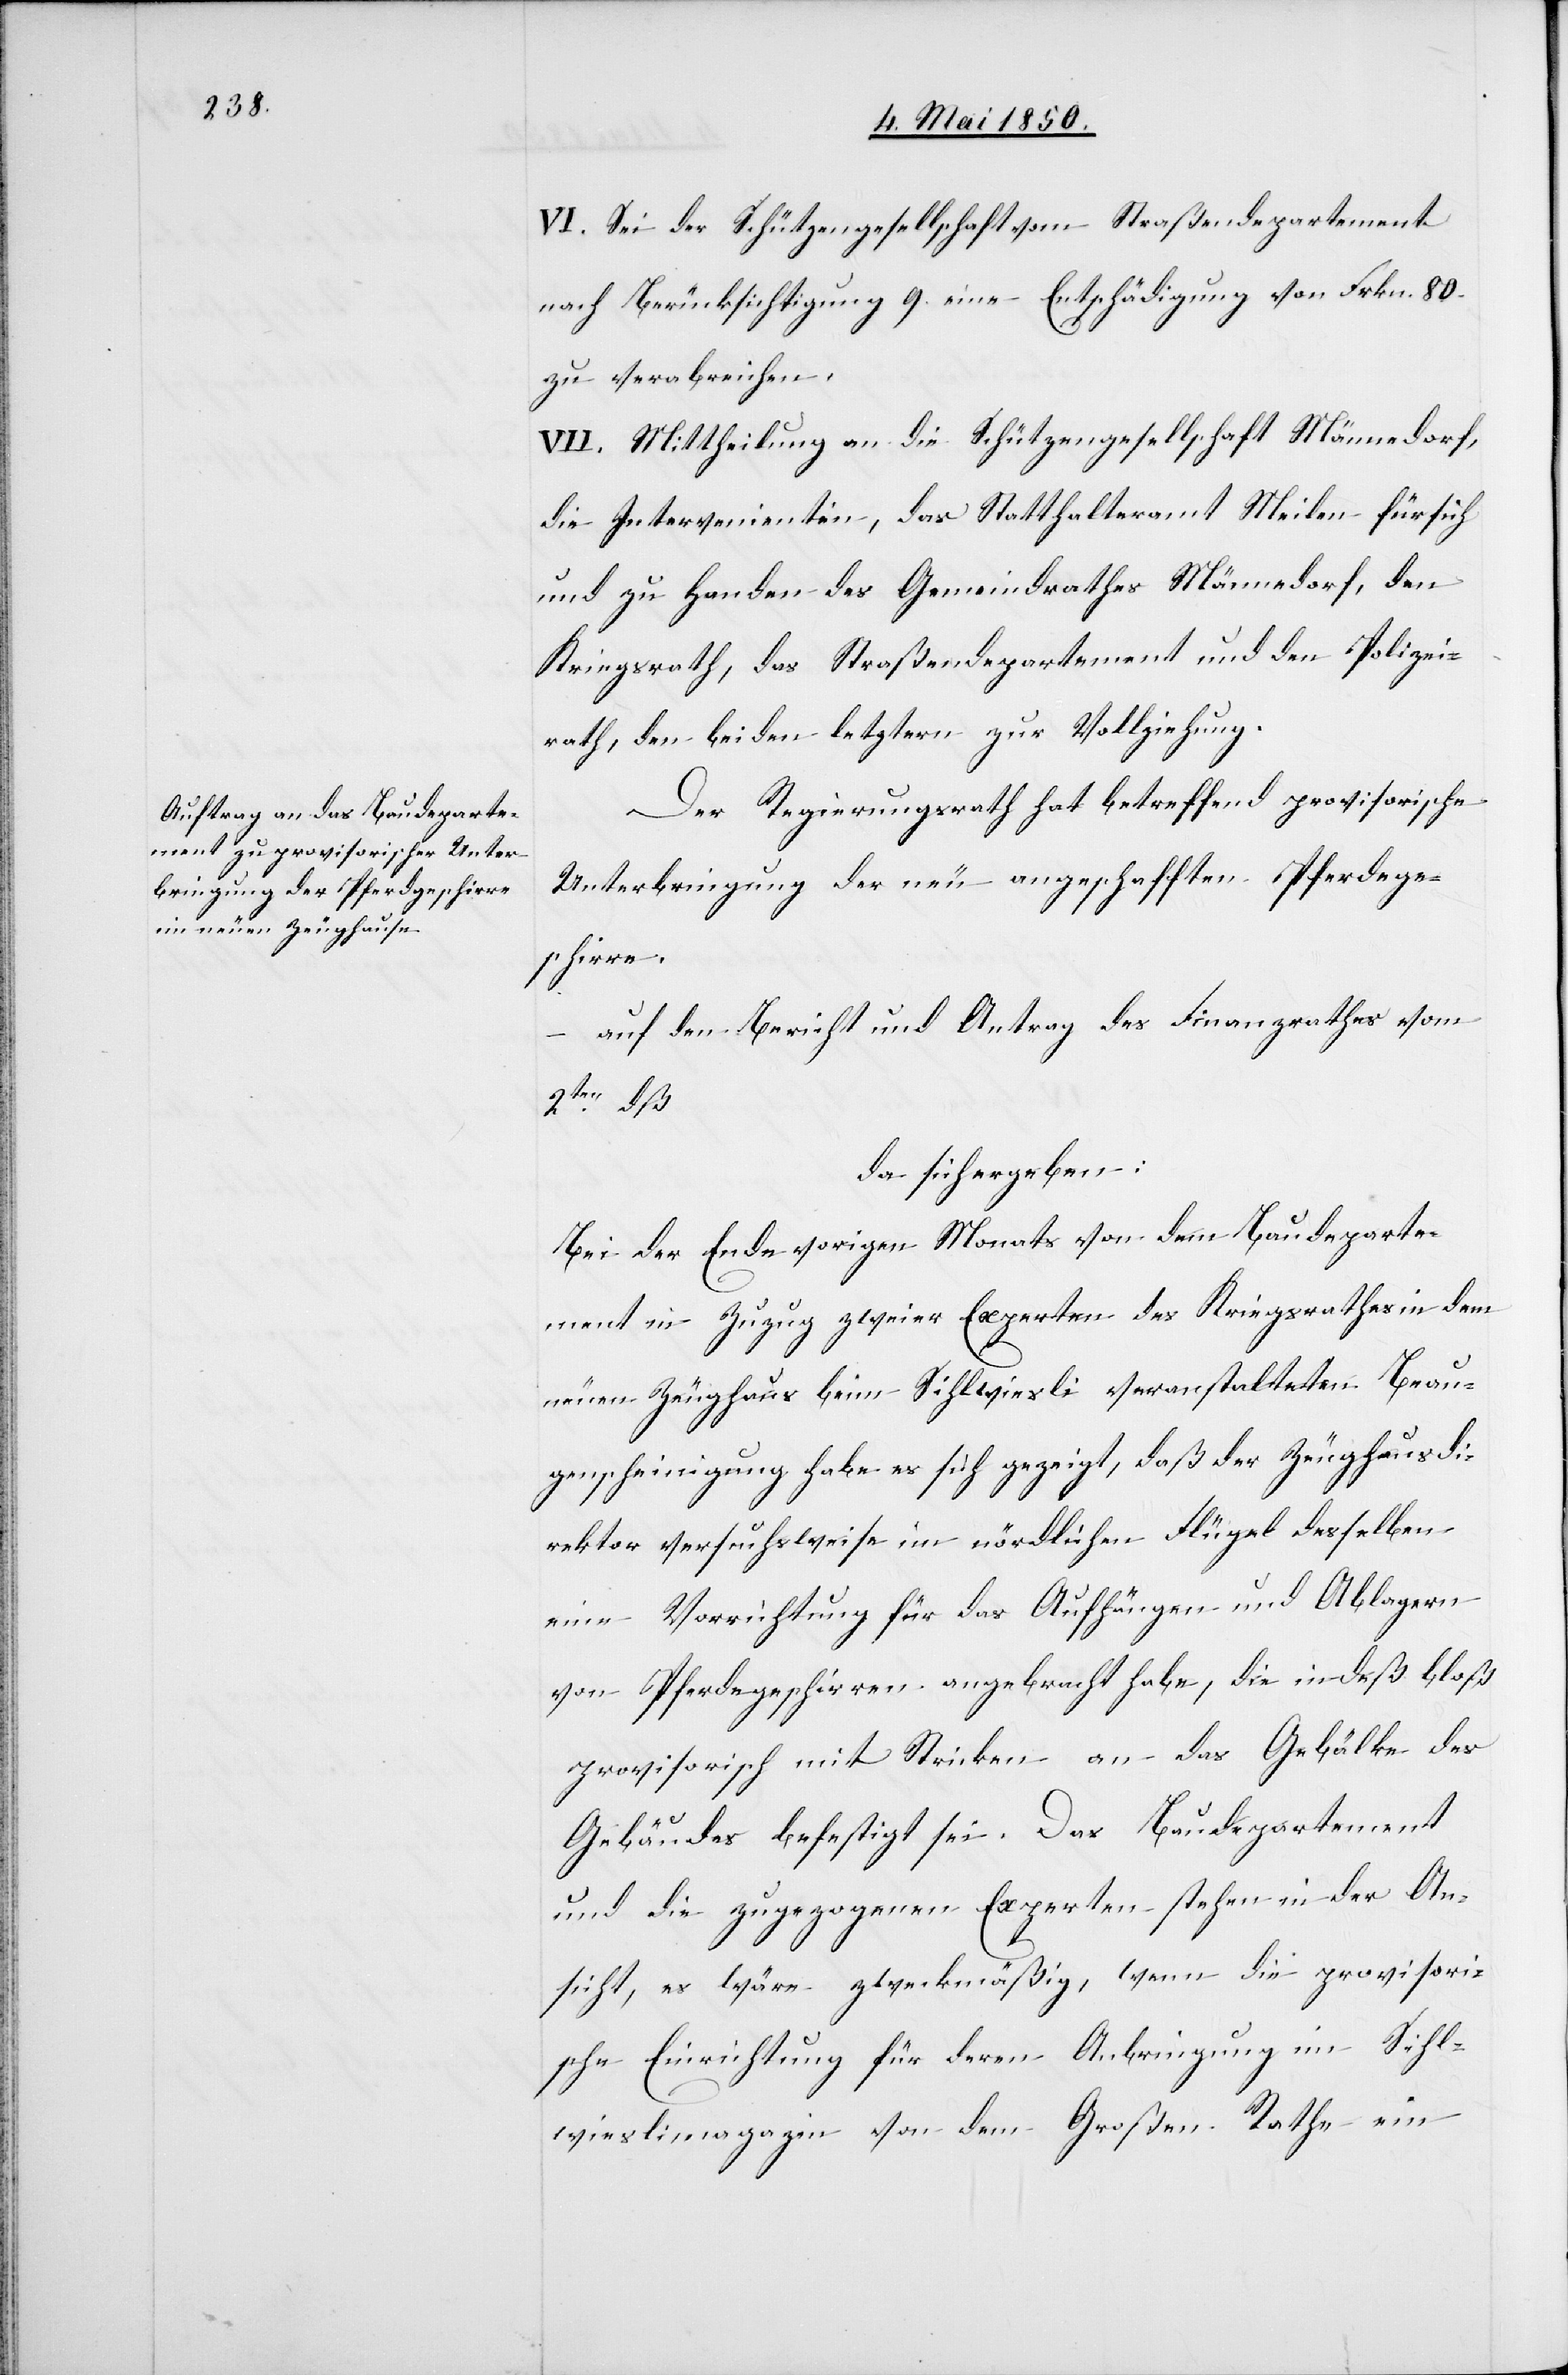
VI. Sei der Schützengesellschaft vom Straßendepartement
nach Berücksichtigung 9. eine Entschädigung von Frkn. 80.
zu verabreichen.
VII. Mittheilung an die Schützengesellschaft Männedorf,
die Intervenienten, das Statthalteramt Meilen für sich
und zu Handen des Gemeindrathes Männedorf, den
Kriegsrath, das Straßendepartement und den Polizei¬
rath, den beiden letztern zur Vollziehung.
Der Regierungsrath hat betreffend provisorische
Unterbringung der neu angeschafften Pferdege¬
schirre,
auf den Bericht und Antrag des Finanzrathes vom
2ten dß
da sich ergeben:
Bei der Ende vorigen Monats von dem Baudeparte¬
ment in Zuzug zweier Experten des Kriegsrathes in dem
neuen Zeughaus beim Sihlwiesli veranstalteten Beau¬
genscheinigung habe es sich gezeigt, daß der Zeughausdi¬
rektor versuchsweise im nördlichen Flügel desselben
eine Vorrichtung für das Aufhängen und Ablagern
von Pferdegeschirren angebracht habe, die indeß bloß
provisorisch mit Stricken an das Gebälke des
Gebäudes befestigt sei. Das Baudepartement
und die zugezogenen Experten stehen in der An¬
sicht, es wäre zweckmäßig, wenn die provisori¬
sche Einrichtung für deren Anbringung im Sihl¬
wieslimagazin von dem Großen Rathe ein